Annual report of the Central Committee of the Association together with the report of the directors of the Pasteur Institute at Kasauli
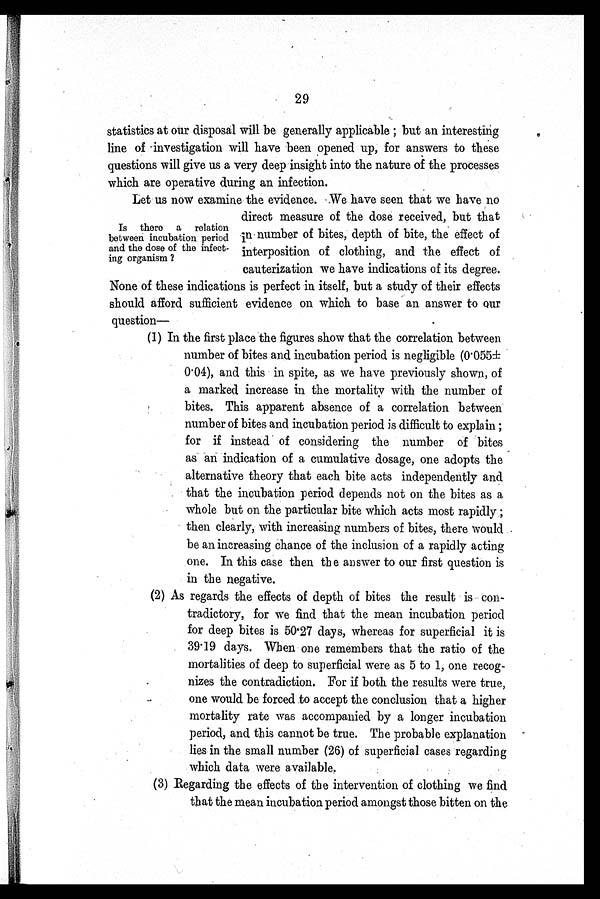
29
statistics at our disposal will be generally applicable ; but an interesting
line of investigation will have been opened up, for answers to these
questions will give us a very deep insight into the nature of the processes
which are operative during an infection.
Let us now examine the evidence. We have seen that we have no
Is there a relation
between incubation period
and the dose of the infect
-
ing organism ?
direct measure of the dose received, but that
in number of bites, depth of bite, the effect of
interposition of clothing, and the effect of
cauterization we have indications of its degree.
None of these indications is perfect in itself, but a study of their effects
should afford sufficient evidence on which to base an answer to our
question—
(1) In the first place the figures show that the correlation between
number of bites and incubation period is negligible (0·055±
0·04), and this in spite, as we have previously shown, of
a marked increase in the mortality with the number of
bites. This apparent absence of a correlation between
number of bites and incubation period is difficult to explain ;
for if instead of considering the number of bites
as an indication of a cumulative dosage, one adopts the
alternative theory that each bite acts independently and
that the incubation period depends not on the bites as
a
whole but on the particular bite which acts most rapidly ;
then clearly, with increasing numbers of bites, there would
be an increasing chance of the inclusion of a rapidly acting
one. In this case then the answer to our first question is
in the negative.
(2) As regards the effects of depth of bites the result is con
-
tradictory, for we find that the mean incubation period
for deep bites is 50 . 27 days, whereas for superficial it is
39·19 days. When one remembers that the ratio of the
mortalities of deep to superficial were as 5 to 1, one recog
- n i z e s t h e c o n t r a d i c t i o n . F o r i f b o t h t h e r e s u l t s w e r e t r u e ,
one would be forced to accept the conclusion that a higher
mortality rate was accompanied by a longer incubation
period, and this cannot be true. The probable explanation
lies in the small number (26) of superficial cases regarding
which data were available.
(3) Regarding the effects of the intervention of clothing we find
that the mean incubation period amongst those bitten on the